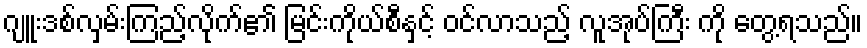
ဂျူးဒစ်လှမ်းကြည့်လိုက်၏ မြင်းကိုယ်စီနှင့် ဝင်လာသည့် လူအုပ်ကြီး ကို တွေ့ရသည်။